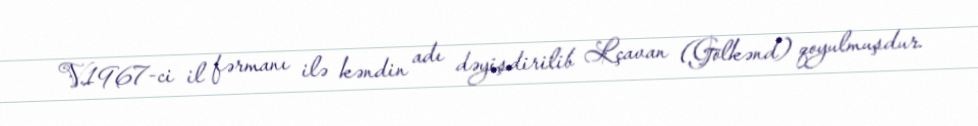
V.1967-ci il fərmanı ilə kəndin adı dəyişdirilib Lçavan (Gölkənd) qoyulmuşdur.